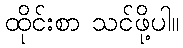
ထိုင်းစာ သင်ဖို့ပါ။